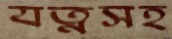
যত্নসহ